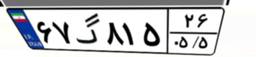
۶۷گ۸۱۵۲۶